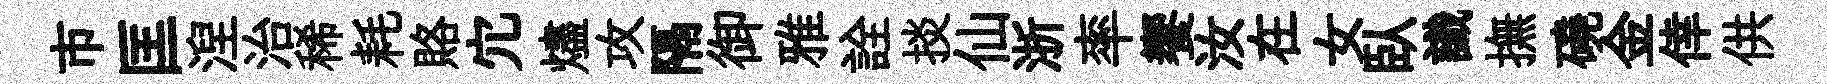
市匡湼治稀耗賂宂燼攻隔御雅詮掞仙浙率饗汝在女臥識撫磽金倖供